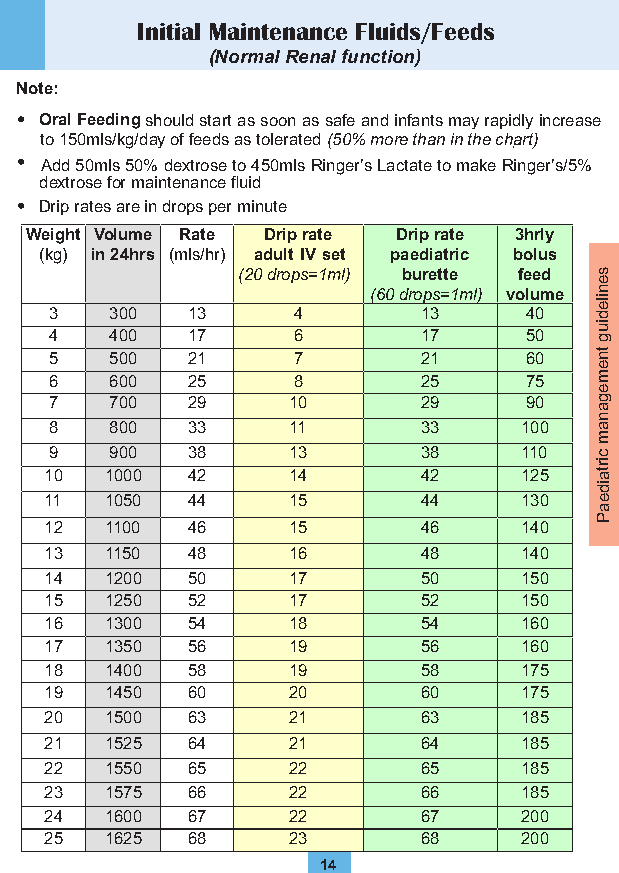
Initial Maintenance Fluids/Feeds
 (Normal Renal function)
 Note:
 Oral Feeding should start as soon as safe and infants may rapidly increase
 to 150mls/kg/day of feeds as tolerated (50% more than in the ch.art)
 Add 50mls 50% dextrose to 450mls Ringer’s Lactate to make Ringer’s/5%
 dextrose for maintenance fluid
 Drip rates are in drops per minute
 Weight Volume Rate Drip rate Drip rate 3hrly
 (kg) in 24hrs (mls/hr) adult IV set paediatric bolus
 (20 drops= 1ml) burette feed s
 e
 (60 drops= 1ml) volume n
 3   300  13     4        13     40
 ile
 d
 4   400  17     6        17     50
 iu
 g
 5   500  21     7        21     60  tn
 e
 6   600  25     8        25     75  m
 e
 7   700  29     10       29     90  g
 a
 n
 8   800  33     11       33    100  a
 m
 9   900  38     13       38    110  c
 10  1000 42     14       42    125
 irta
 id
 11  1050 44     15       44    130  e
 a
 P
 12  1100 46     15       46    140
 13  1150 48     16       48    140
 14  1200 50     17       50    150
 15  1250 52     17       52    150
 16  1300 54     18       54    160
 17  1350 56     19       56    160
 18  1400 58     19       58    175
 19  1450 60     20       60    175
 20  1500 63     21       63    185
 21  1525 64     21       64    185
 22  1550 65     22       65    185
 23  1575 66     22       66    185
 24  1600 67     22       67    200
 25  1625 68     23       68    200
 14